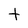
Character: t